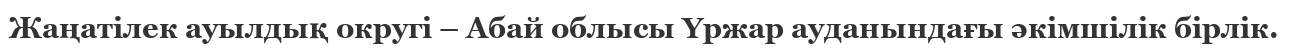
Жаңатілек ауылдық округі – Абай облысы Үржар ауданындағы әкімшілік бірлік.